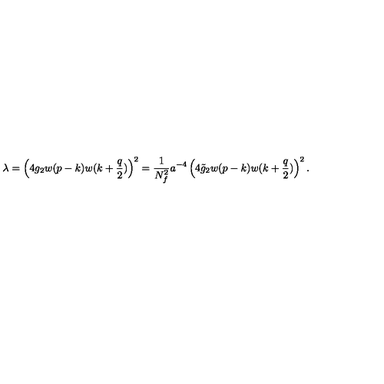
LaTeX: \lambda = \left( 4 g _ { 2 } w ( p - k ) w ( k + { \frac { q } { 2 } } ) \right) ^ { 2 } = { \frac { 1 } { N _ { f } ^ { 2 } } } a ^ { - 4 } \left( 4 \tilde { g } _ { 2 } w ( p - k ) w ( k + { \frac { q } { 2 } } ) \right) ^ { 2 } . \nonumber